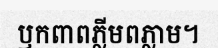
ឫកពាពភ្លីមពភ្លាម។